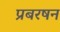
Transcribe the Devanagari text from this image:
प्रबरषन